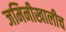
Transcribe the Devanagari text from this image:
जमिनीखालीच